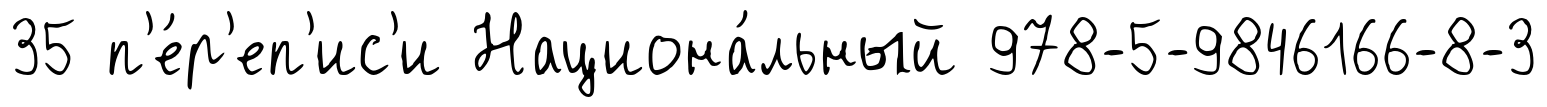
35 п'е́р'еп'ис'и Национа́льный 978-5-9846166-8-3